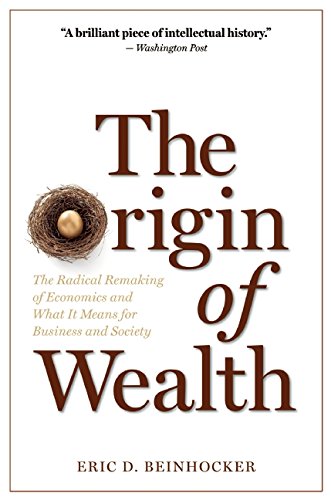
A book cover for The Origin of Wealth: The Radical Remaking of Economics and What it Means for Business and Society; Eric D. Beinhocker; Business & Money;